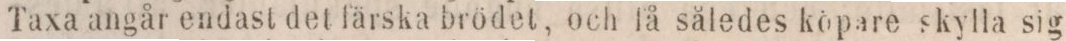
Taxa angår endast det färska brödet, och få således köpare skylla sig